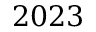
2 0 2 3